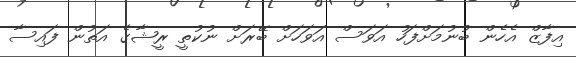
އިފާޒް އެހެން ބުނުމަށްފަހު އަވަސް އަވަހަށް ބޭރަށް ނުކުތީ ރީޝާގެ އަތުން ފައިސާ